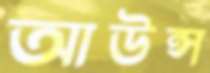
আউন্স